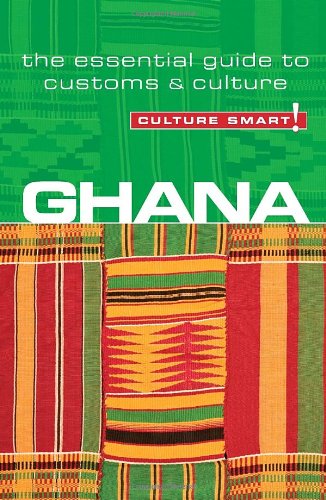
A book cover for Ghana - Culture Smart!: the essential guide to customs & culture; Ian Utley; Business & Money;